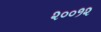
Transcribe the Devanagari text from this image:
२००१२